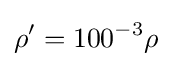
\rho '=100^{-3}\rho